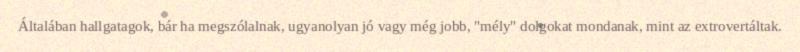
Általában hallgatagok, bár ha megszólalnak, ugyanolyan jó vagy még jobb, "mély" dolgokat mondanak, mint az extrovertáltak.